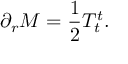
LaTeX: \partial _ { r } M = { \frac { 1 } { 2 } } T _ { t } ^ { t } .